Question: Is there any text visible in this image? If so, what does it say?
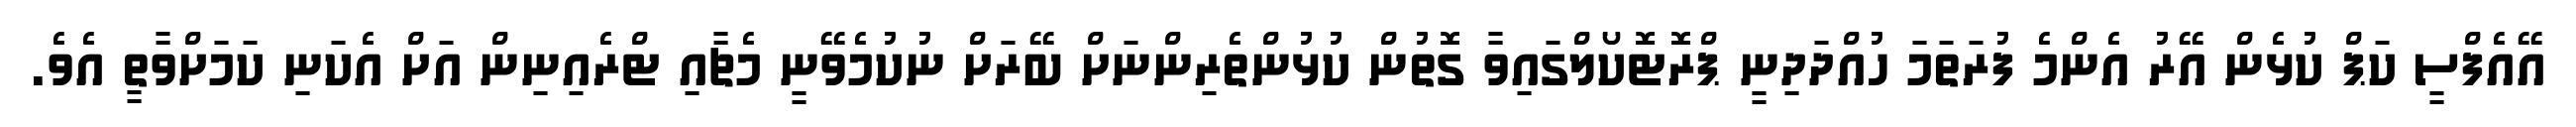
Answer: އޭއެފްސީ ކަޕް ކުޅެން އޭރު އެންމެ ފުރަތަމަ ހުއްދަދިނީ ޕްރޮޓޮކޯލްގައިވާ ގޮތުން ކުޅުންތެރިންނަށް ބޭރަށް ނުކުމެވޭނީ މެޗާއި ޓްރެއިނިން އަށް އެކަނި ކަމަށްވާތީ އެވެ.